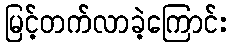
မြင့်တက်လာခဲ့ကြောင်း